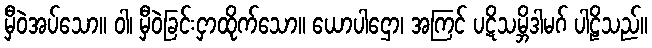
မှီဝဲအပ်သော။ ဝါ၊ မှီဝဲခြင်းငှာထိုက်သော။ ယောပါဌော၊ အကြင် ပဋိသမ္ဘိဒါမဂ် ပါဠိသည်။